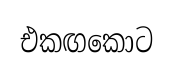
එකඟකොට